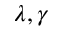
\lambda , \gamma